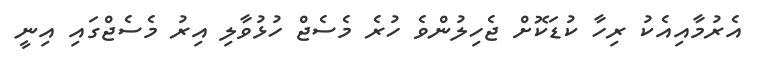
އެރުމާއިއެކު ރިހާ ކުޑަކޮށް ޖެހިލުންވެ ހުރެ މެސެޖް ހުޅުވާލި އިރު މެސެޖްގައި އިނީ